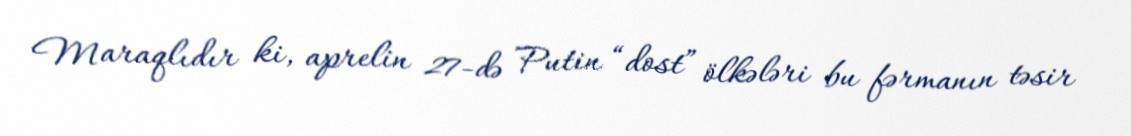
Maraqlıdır ki, aprelin 27-də Putin “dost” ölkələri bu fərmanın təsir